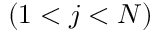
( 1 < j < N )